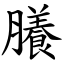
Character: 䑆